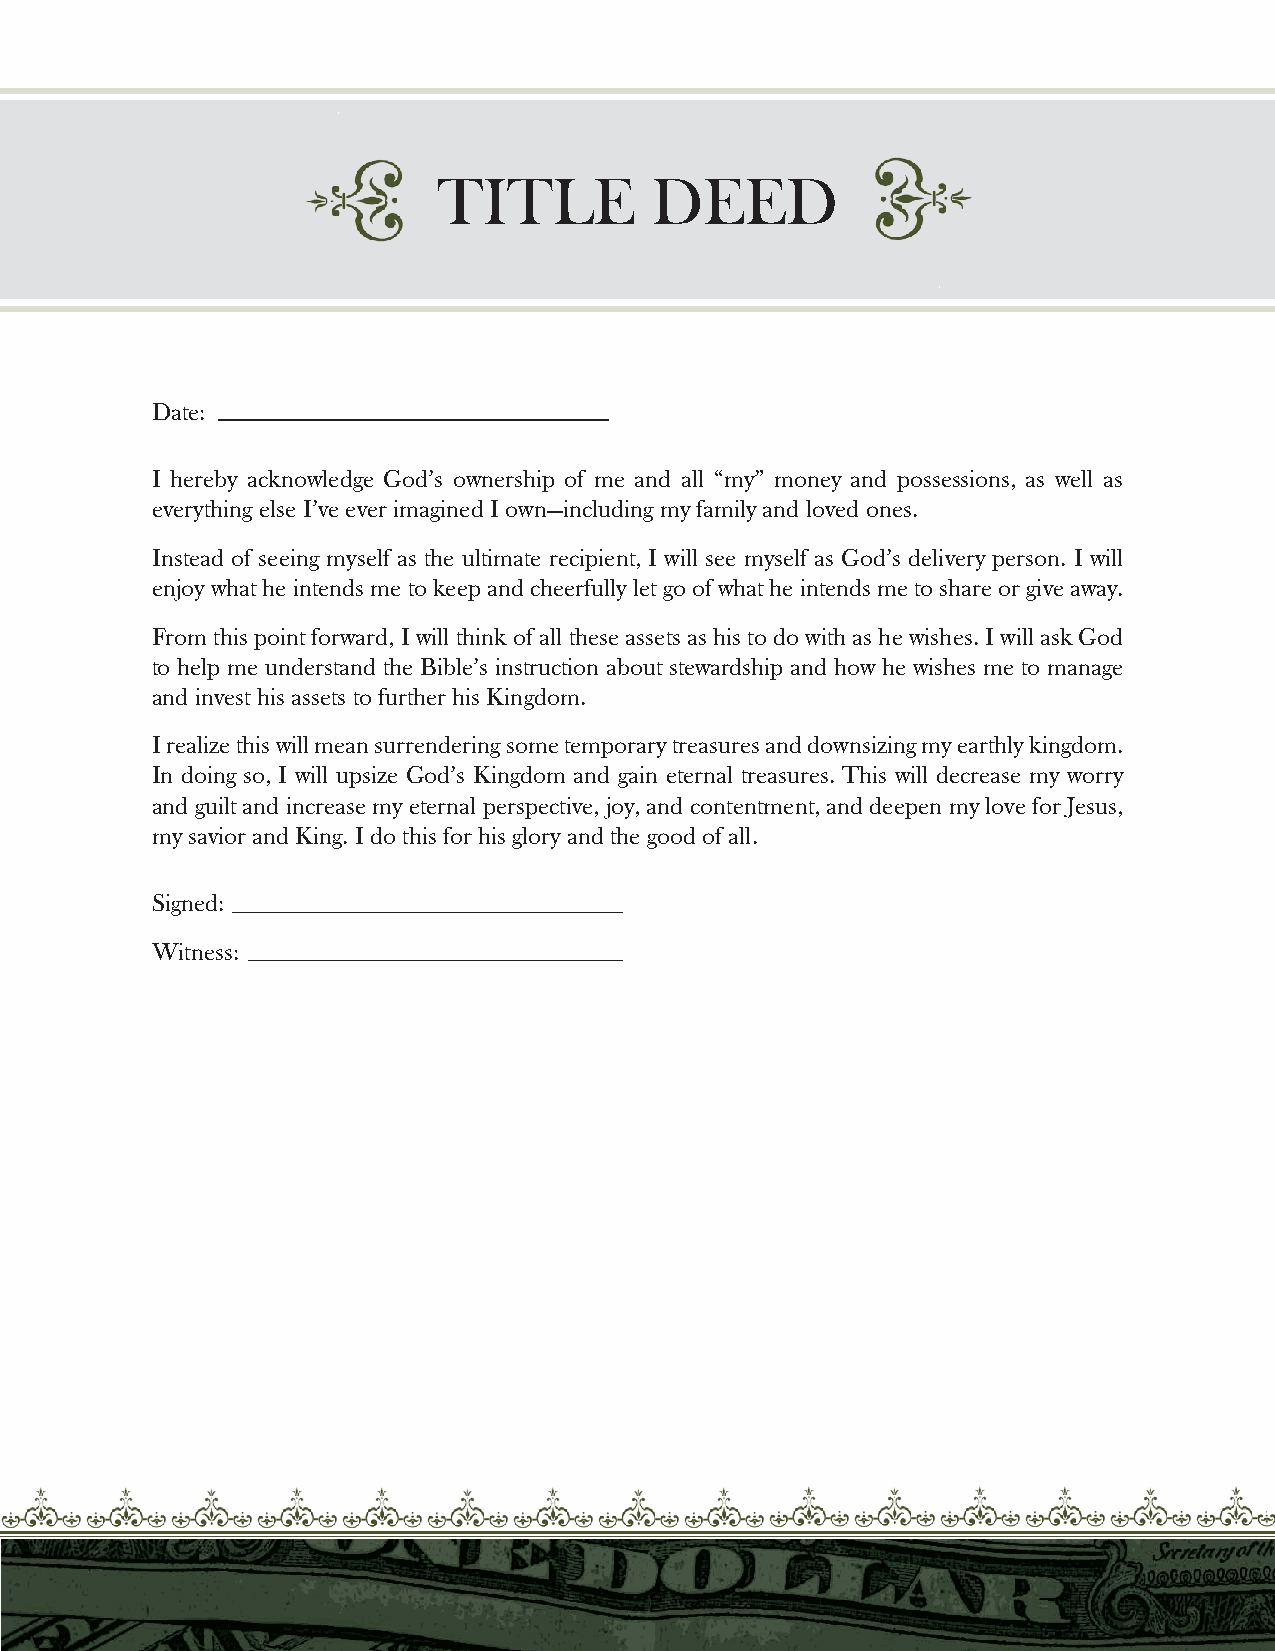
TITLE         DEED
 Date:
 I hereby acknowledge God’s ownership of me and all “my” money and possessions, as well as
 everything else I’ve ever imagined I own—including my family and loved ones.
 Instead of seeing myself as the ultimate recipient, I will see myself as God’s delivery person. I will
 enjoy what he intends me to keep and cheerfully let go of what he intends me to share or give away.
 From this point forward, I will think of all these assets as his to do with as he wishes. I will ask God
 to help me understand the Bible’s instruction about stewardship and how he wishes me to manage
 and invest his assets to further his Kingdom.
 I realize this will mean surrendering some temporary treasures and downsizing my earthly kingdom.
 In doing so, I will upsize God’s Kingdom and gain eternal treasures. This will decrease my worry
 and guilt and increase my eternal perspective, joy, and contentment, and deepen my love for Jesus,
 my savior and King. I do this for his glory and the good of all.
 Signed:
 Witness: